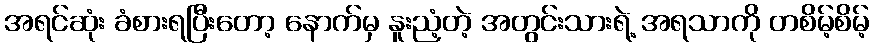
အရင်ဆုံး ခံစားရပြီးတော့ နောက်မှ နူးညံ့တဲ့ အတွင်းသားရဲ့ အရသာကို တစိမ့်စိမ့်